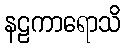
နဠကာရောသိ